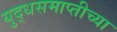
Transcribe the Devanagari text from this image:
युद्धसमाप्तीच्या